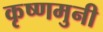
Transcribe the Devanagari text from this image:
कृष्णमुनी